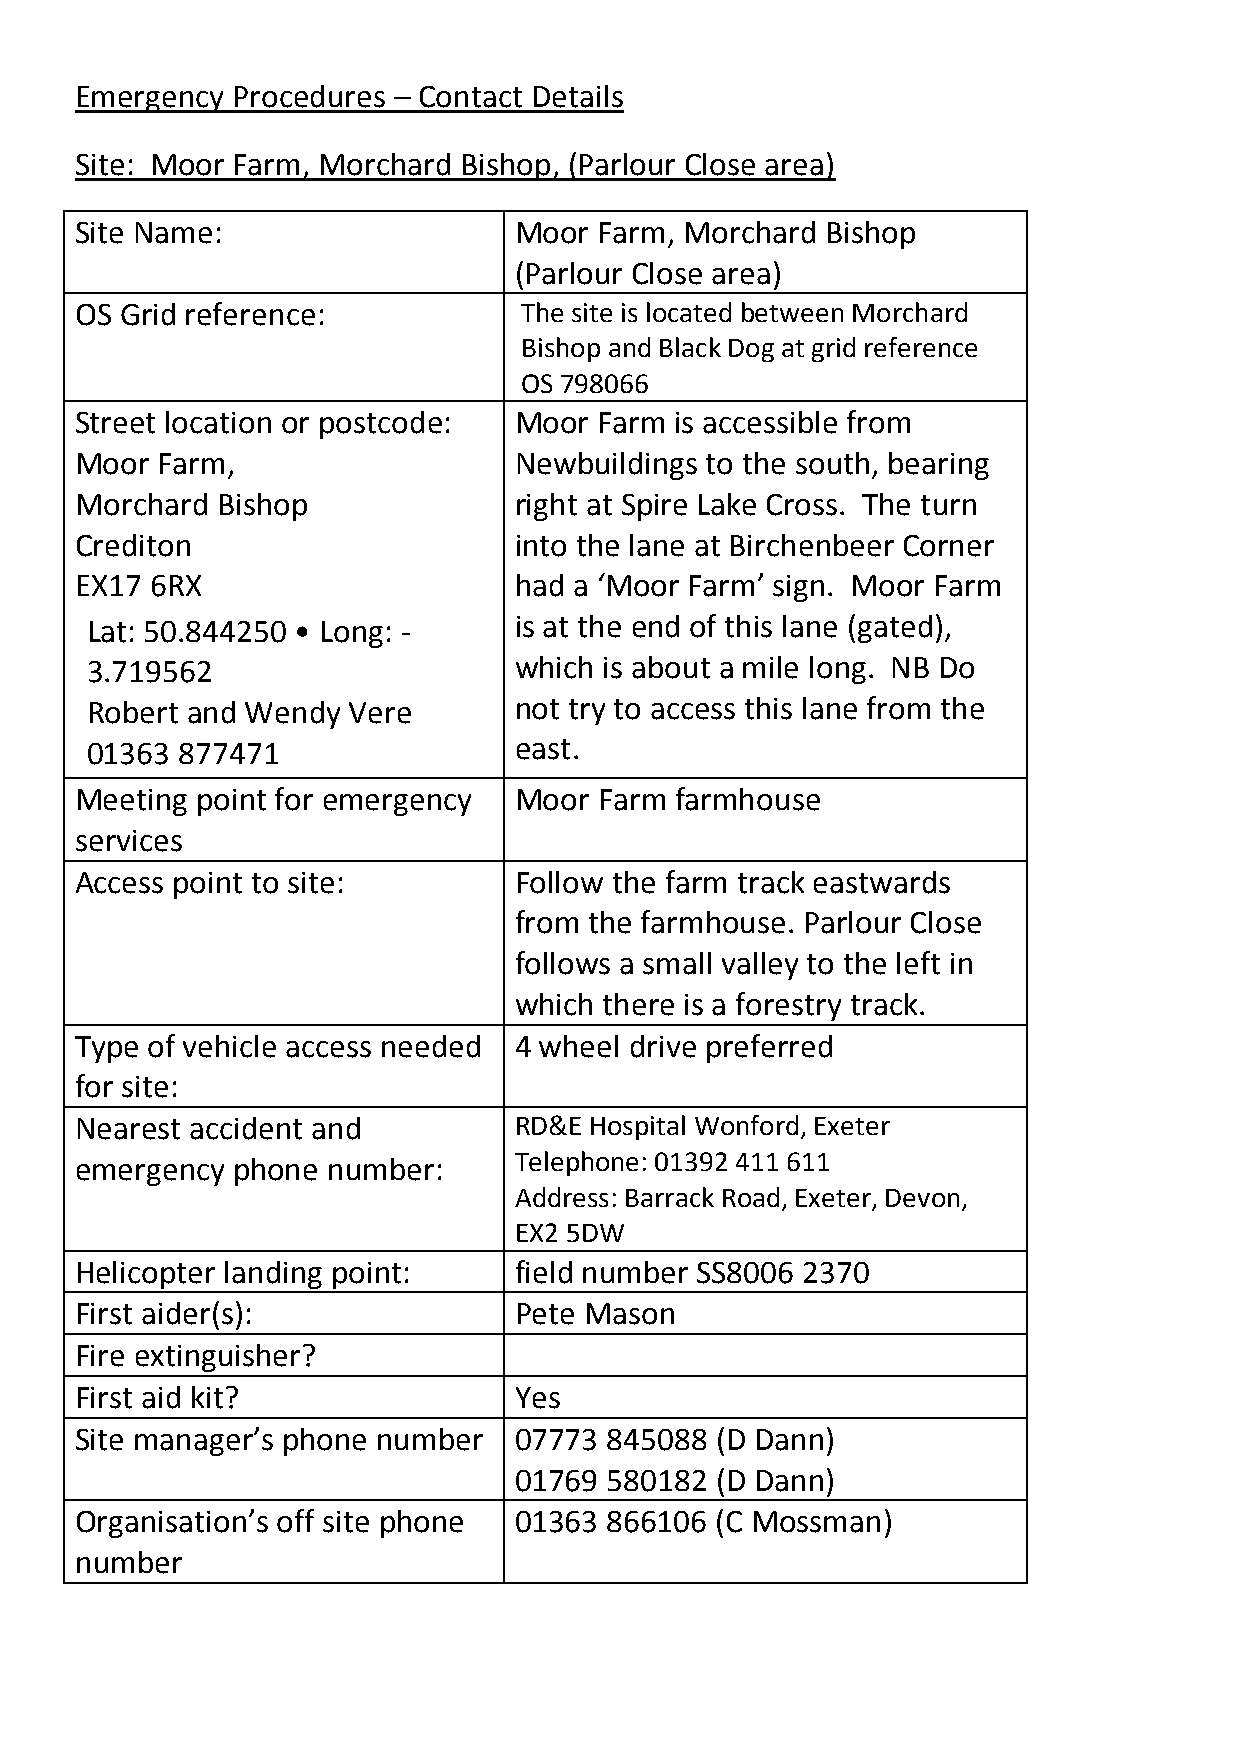
Emergency Procedures – Contact Details
 Site: Moor Farm, Morchard Bishop, (Parlour Close area)
 Site Name:                   Moor  Farm, Morchard Bishop
 (Parlour Close area)
 OS Grid reference:           The site is located between Morchard
 Bishop and Black Dog at grid reference
 OS 798066
 Street location or postcode: Moor  Farm is accessible from
 Moor Farm,                   Newbuildings to the south, bearing
 Morchard Bishop              right at Spire Lake Cross. The turn
 Crediton                     into the lane at Birchenbeer Corner
 EX17 6RX                     had a ‘Moor Farm’ sign. Moor Farm
 Lat: 50.844250 • Long: -    is at the end of this lane (gated),
 3.719562                    which is about a mile long. NB Do
 Robert and Wendy Vere       not try to access this lane from the
 01363 877471                east.
 Meeting point for emergency  Moor  Farm farmhouse
 services
 Access point to site:        Follow the farm track eastwards
 from the farmhouse. Parlour Close
 follows a small valley to the left in
 which there is a forestry track.
 Type of vehicle access needed 4 wheel drive preferred
 for site:
 Nearest accident and         RD&E Hospital Wonford, Exeter
 emergency phone  number:     Telephone: 01392 411 611
 Address: Barrack Road, Exeter, Devon,
 EX2 5DW
 Helicopter landing point:    field number SS8006 2370
 First aider(s):              Pete Mason
 Fire extinguisher?
 First aid kit?               Yes
 Site manager’s phone number  07773 845088 (D Dann)
 01769 580182 (D Dann)
 Organisation’s off site phone 01363 866106 (C Mossman)
 number